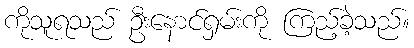
ကိုသူရသည် ဦးနောင်ရှမ်းကို ကြည့်ခဲ့သည်။